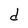
Character: d